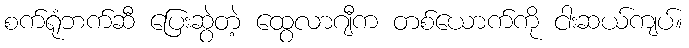
စက်ရုံဘက်ဆီ ပြေးဆွဲတဲ့ ထွေလာဂျီက တစ်ယောက်ကို ငါးဆယ်ကျပ်။